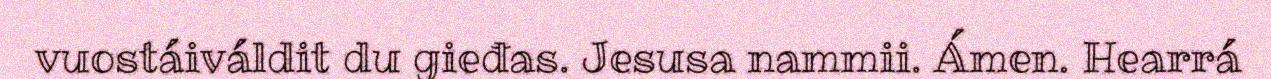
vuostáiváldit du gieđas. Jesusa nammii. Ámen. Hearrá